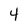
Character: 4